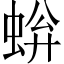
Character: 𫊿